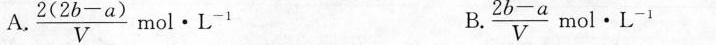
A.$$\frac { 2 ( 2 b - a ) } { V } m o l · L ^ { - 1 }$$ B.$$ \frac { 2 b - a } { V } m o l · L ^ { - 1 }$$